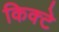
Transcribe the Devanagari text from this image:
किक्टे